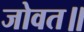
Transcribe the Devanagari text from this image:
जोवत॥